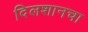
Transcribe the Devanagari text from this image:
दिलशानचा